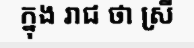
ក្នុង រាជ ថា ស្រី